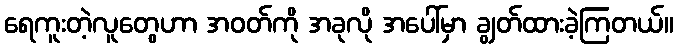
ရေကူးတဲ့လူတွေဟာ အဝတ်ကို အခုလို အပေါ်မှာ ချွတ်ထားခဲ့ကြတယ်။